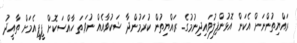
ރައްޔިތުންނަށް އެކަން އޮޅުންފިލުވައިދިނުމުގެ. ރައްޔިތުން ކުރަމުންދާ ޝަކުވާއެއް ނުވަތަ ހާއްސަކޮށް ޕީޕީއެމަށް ތާއީދު